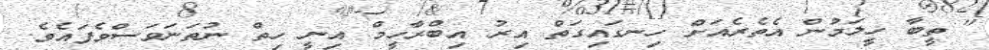
" ތީބާ ހީލަމުން އެތެރެއަށް ހިނގައިގަތް އިރު އިބްރާހީމް އިނީ ހިތް ނުތަނަވަސްވެފައެވެ.